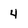
Character: 4